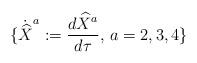
LaTeX: \begin{align*}\{\dot{\widehat{X}}^a:=\frac{d\widehat{X}^a}{d\tau},\,a=2,3,4\}\end{align*}